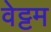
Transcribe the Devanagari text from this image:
वेट्टम